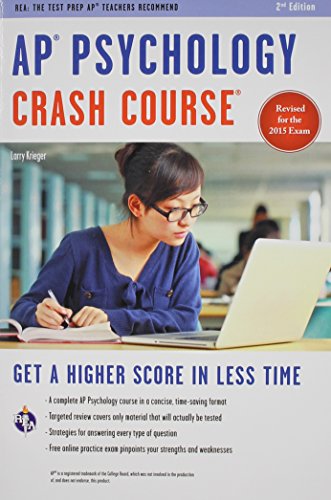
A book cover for APÂ® Psychology Crash Course Book + Online (Advanced Placement (AP) Crash Course); Larry Krieger; Test Preparation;